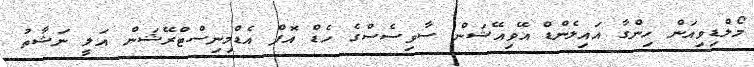
މޯލްޑިވިއަން ހިންގާ އައިލެންޑް އޭވިއޭޝަން ސާވިސެސްގެ ހެޑް އޮފް އެޑްމިނިސްޓްރޭޝަން އަލީ ނަޝާތު